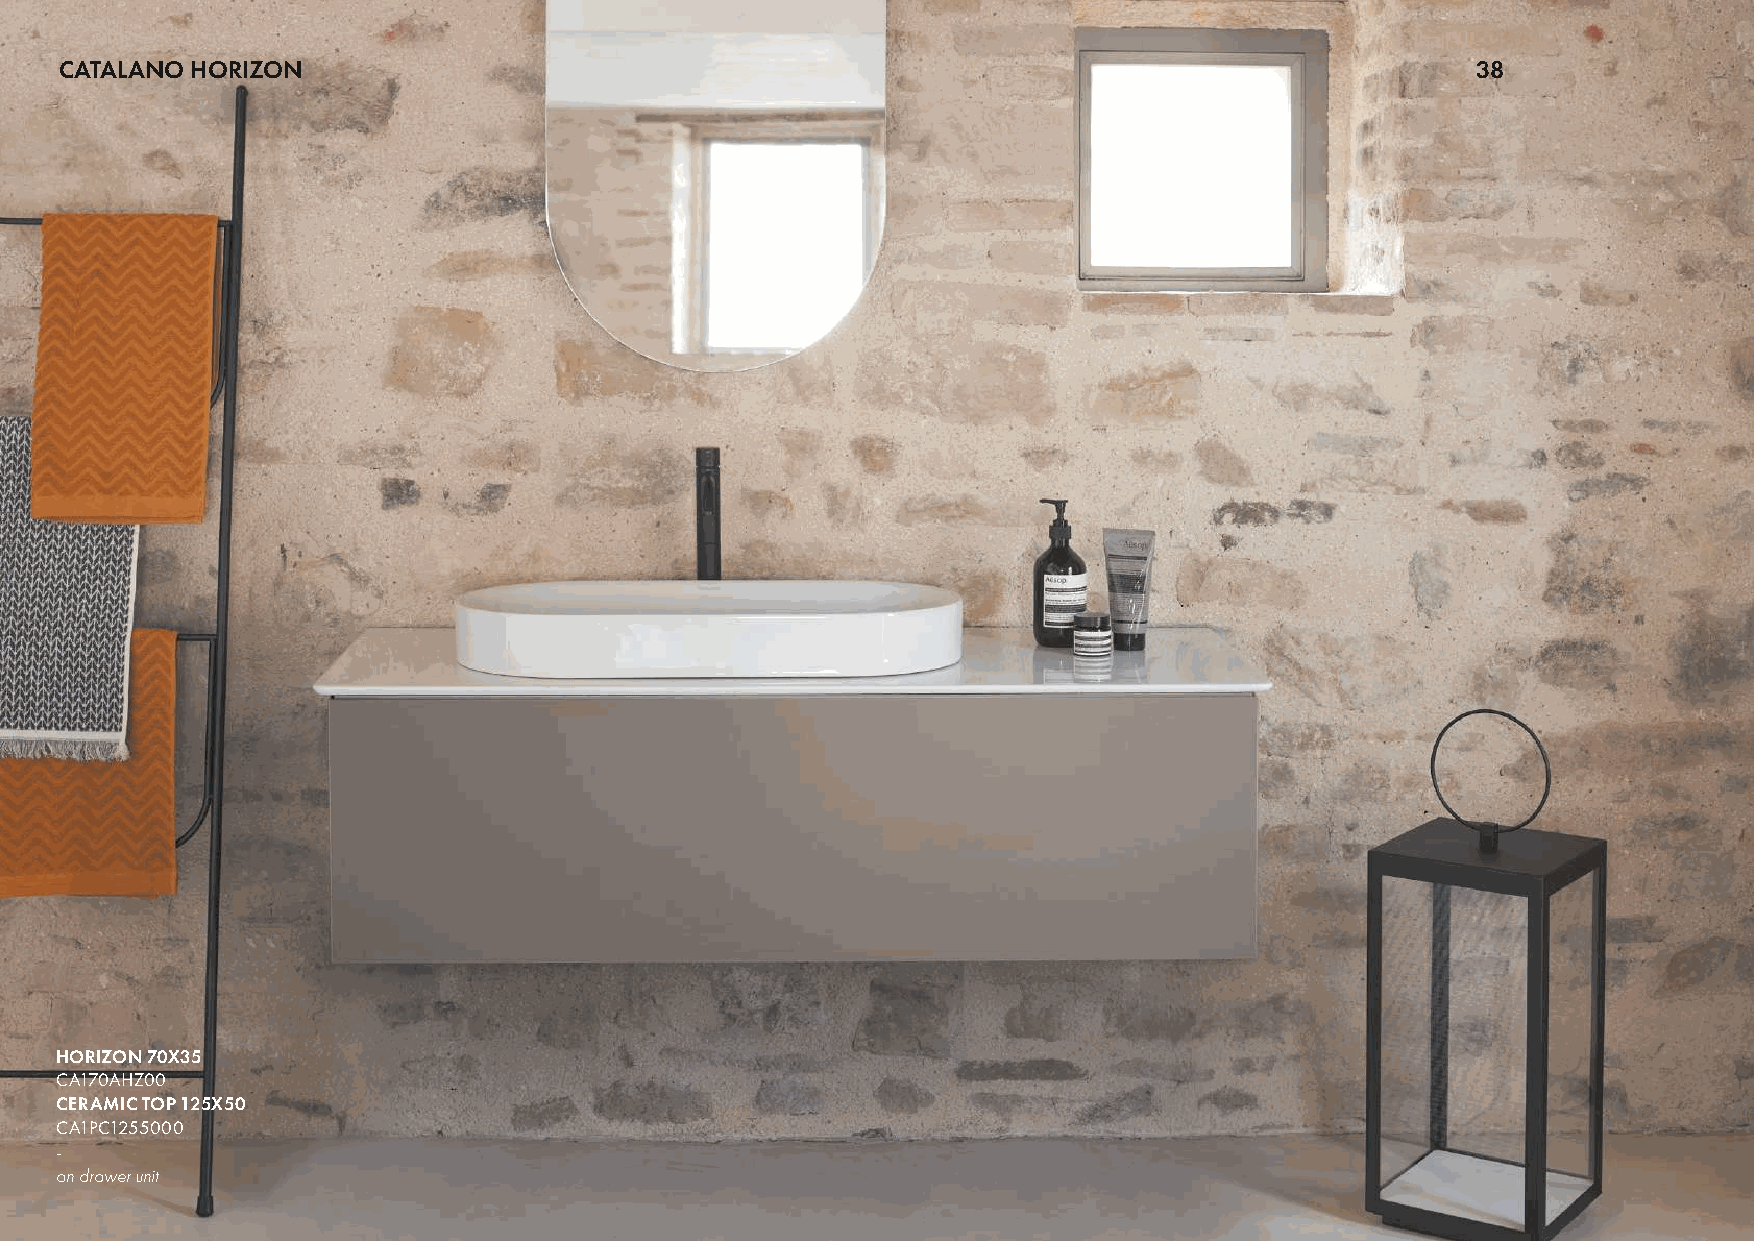
CATALANO HORIZON                                                                              38
 HORIZON 70X35
 CA170AHZ00
 CERAMIC TOP 125X50
 CA1PC1255000
 -
 on drawer unit